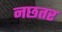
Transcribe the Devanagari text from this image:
नछतर